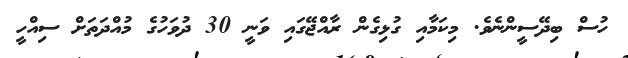
ހުސް ބިދޭސީންނެވެ. މިކަމާއި ގުޅިގެން ރާއްޖޭގައި ވަނީ 30 ދުވަހުގެ މުއްދަތަށް ސިއްހީ